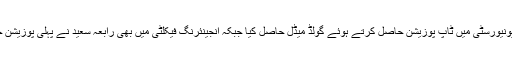
دائود یونیورسٹی کے شعبہ انرجی اینڈ انوائرمنٹ انجینئرنگ کی طالبہ رابعہ سعید ولد عبدالسعید نے یونیورسٹی میں ٹاپ پوزیشن حاصل کرتے ہوئے گولڈ میڈل حاصل کیا جبکہ انجینئرنگ فیکلٹی میں بھی رابعہ سعید نے پہلی پوزیشن حاصل کی ، آرکیٹیکٹ فیکلٹی میں ثناء اختر ولد اختر علی نے پہلی پوزیشن اور گولڈ میڈل حاصل کیا۔